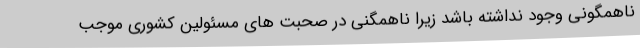
ناهمگونی وجود نداشته باشد زیرا ناهمگنی در صحبت های مسئولین کشوری موجب